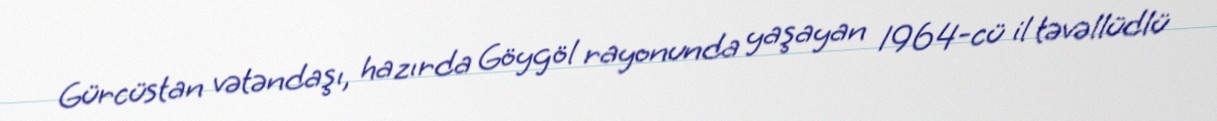
Gürcüstan vətəndaşı, hazırda Göygöl rayonunda yaşayan 1964-cü il təvəllüdlü